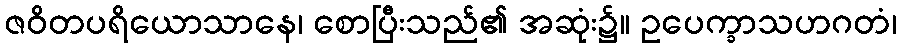
ဇဝိတပရိယောသာနေ၊ စောပြီးသည်၏ အဆုံး၌။ ဥပေက္ခာသဟဂတံ၊